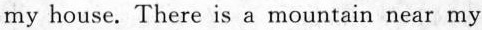
my house. There is a mountain near my